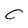
Character: C